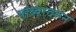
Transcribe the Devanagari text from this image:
थांब्यावरुन